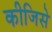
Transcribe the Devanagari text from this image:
कीजिसे